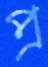
প্র